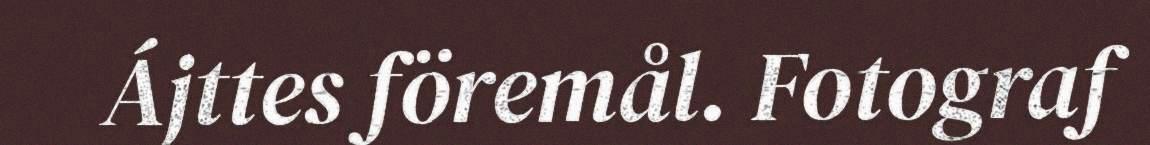
Ájttes föremål. Fotograf